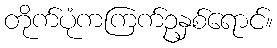
တိုက်ပုံကကြက်ဥနှစ်ရောင်။